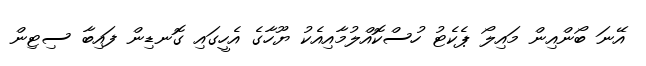
އޭނަ ބޯންއިން މައިލޯ ޕެކެޓު ހުސްކޮއްލުމާއިއެކު ޔޫހާގެ އެހީގައި ގޮނޑިން ފައިބާ ސިޓިން